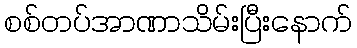
စစ်တပ်အာဏာသိမ်းပြီးနောက်